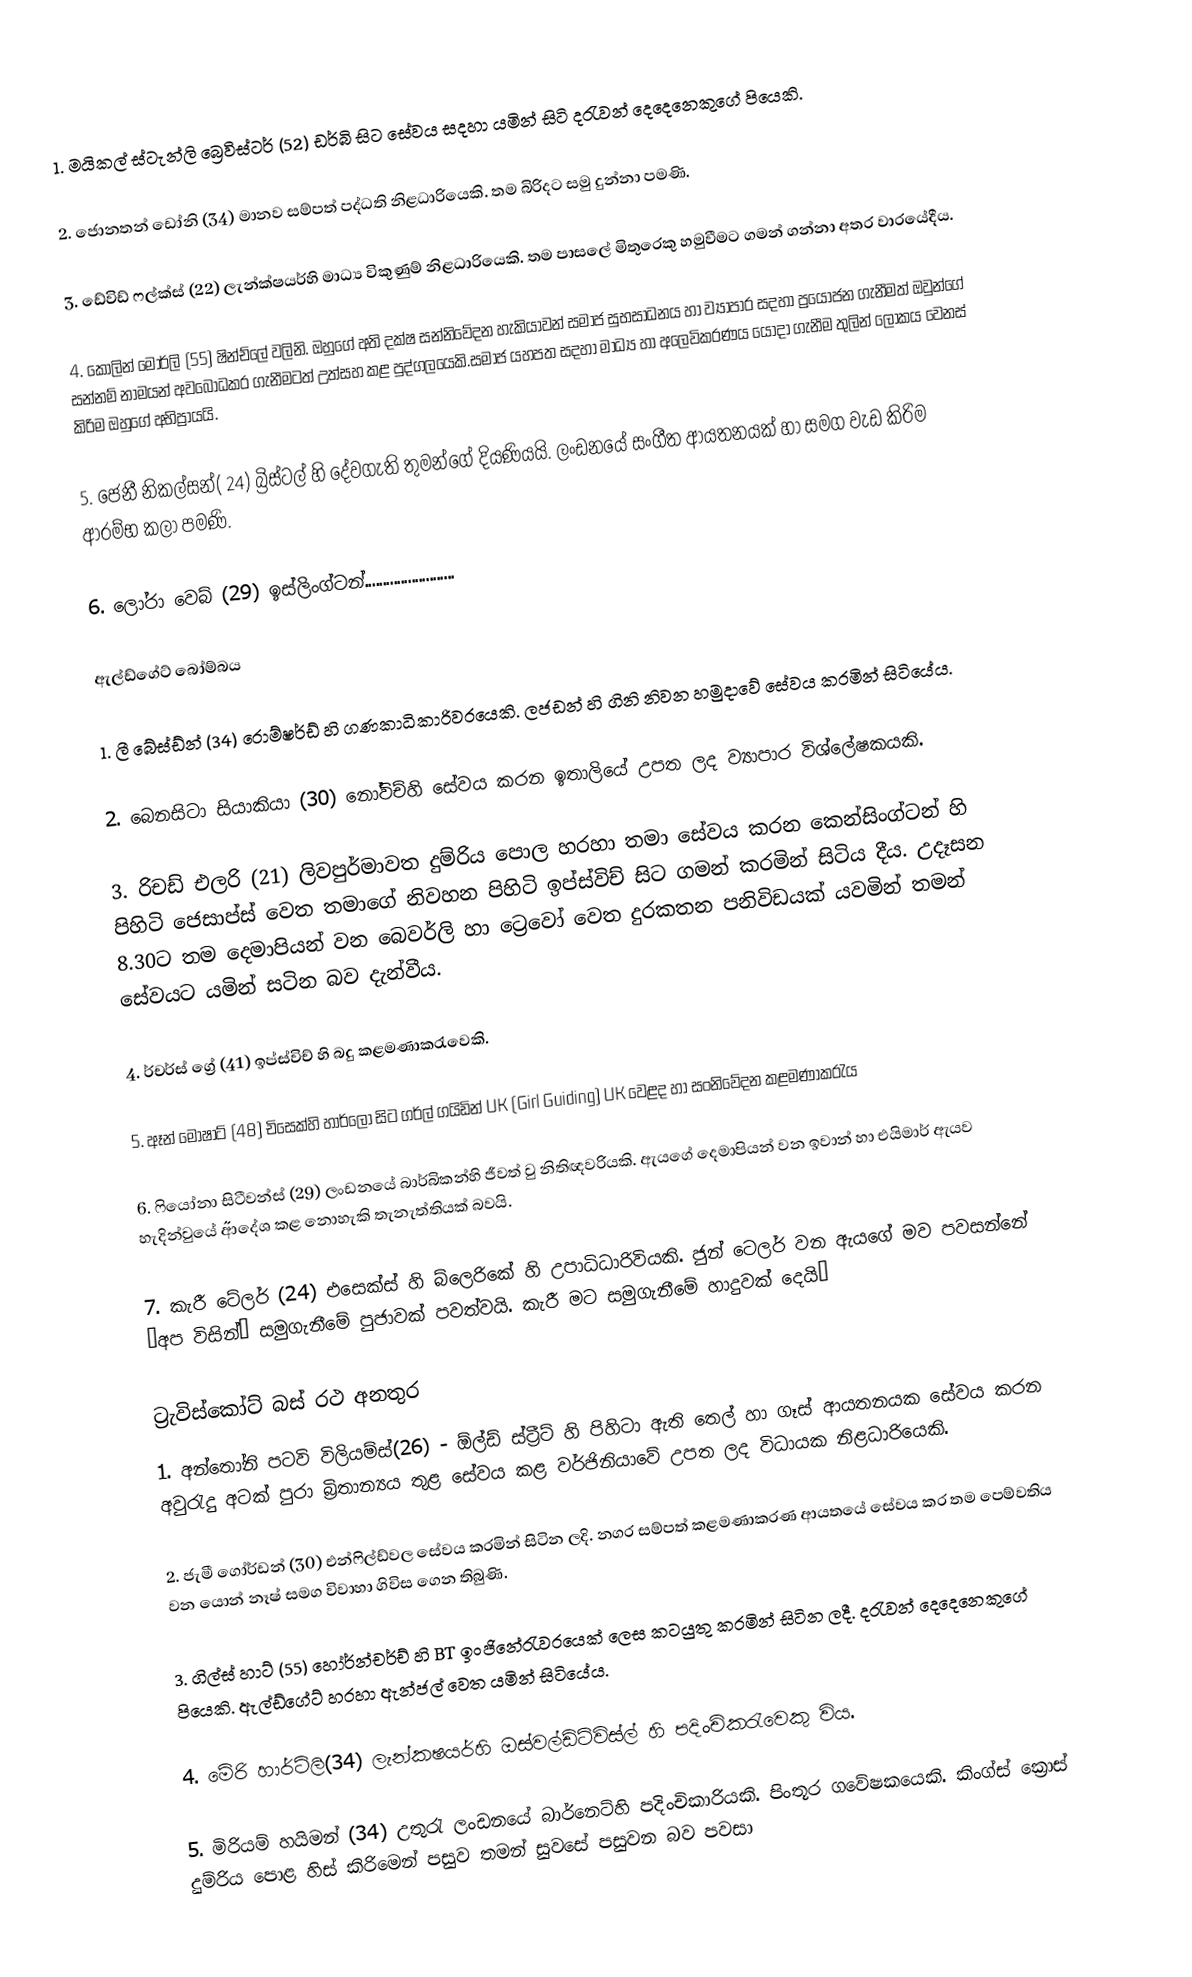
1.	මයිකල් ස්ටැන්ලි ‍බ්‍රෙවිස්ටර් (52) ඩර්බි සිට සේවය සදහා යමින් සිටි දරැවන් දෙදෙනෙකුගේ පියෙකි.

2.	 ජොනතන් ඩෝනි (34) මානව සම්පත් පද්ධති නිළධාරියෙකි. තම බිරිදට සමු දුන්නා පමණි.

3.	ඩේවිඩ් ෆල්ක්ස් (22) ලැන්ක්ෂයර්හි මාධ්‍ය විකුණුම් නිළධාරියෙකි. තම පාසලේ මිතුරෙකු හමුවීමට ගමන් ගන්නා අතර වාරයේදීය.

4.	කොලින් මෝර්ලි (55) ෂින්ච්ලේ වලිනි. ඔහුගේ අති දක්ෂ සන්නිවේදන හැකියාවන් සමාජ සුභසාධනය හා ව්‍යාපාර සදහා  ප්‍රයෝජන ගැනීමත් ඔවුන්ගේ සන්නම් නාමයන් අවබෝධකර  ගැනීමටත් උත්සහ කළ පුද්ගලයෙකි.සමාජ යහපත සදහා  මාධ්‍ය හා අලෙවිකරණය යොදා ගැනීම තුලින් ලෝකය වෙනස් කිරිම ඔහුගේ අභිප්‍රායයි.

5.	ජෙනී නිකල්සන්( 24) බ්‍රිස්ටල් හි දේවගැති තුමන්ගේ දියණියයි. ලංඩනයේ සංගීත ආයතනයක් හා සමග වැඩ කිරිම ආරම්භ කලා පමණි.

6.	 ලෝරා වෙබ් (29) ඉස්ලිංග්ටන්.........................

ඇල්ඩ්ගේට් බෝම්බය

1.	ලී බේස්ඩ්න්  (34) රොම්ෂර්ඩ් හි ගණකාධිකාරිවරයෙකි. ලජඩන් හි ගිනි නිවන හමුදාවේ සේවය කරමින් සිටියේය.

2.	 බෙනසිටා සියාකියා (30) නෝවිච්හි  සේවය කරන ඉතාලියේ උපත ලද ව්‍යාපාර විශ්ලේෂකයකි.

3.	රිචඩ් එලරි (21) ලිවපුර්මාවත දුම්රිය පොල හරහා තමා සේවය කරන කෙන්සිංග්ටන් හි පිහිටි ජෙසාප්ස් වෙත තමාගේ නිවහන පිහිටි ඉප්ස්විච්  සිට ගමන් කරමින් සිටිය දීය. උදෑසන 8.30ට තම දෙමාපියන් වන බෙවර්ලි හා ට්‍රෙවෝ වෙත දුරකතන  පනිවිඩයක් යවමින් තමන් සේවයට යමින් සටින බව දැන්වීය.

4.	ර්චර්ස් ග්‍රේ (41) ඉප්ස්විච් හි බදු කළමණාකරැවෙකි.

5.	ඈන් මොෂාට් (48) චිසෙක්හි හාර්ලෝ සිට ගර්ල් ගයිඩින් UK (Girl Guiding) UK වෙළද හා සංනිවේදන කළමණාකරැය

6.	ෆියෝනා සිටීවන්ස් (29) ලංඩනයේ බාර්බිකන්හි ජීවත් වු නිතිඥවරියකි. ඇයගේ දෙමාපියන් වන ඉවාන් හා එයිමාර් ඇයව හැදින්වුයේ ˝ආදේශ කළ නොහැකි තැනැත්තියක් බවයි.

7.	කැරී ටේලර් (24) එසෙක්ස් හි බ්ලෙරිකේ හි උපාධිධාරිවියකි. ජුන් ටෙලර් වන ඇයගේ මව පවසන්නේ ˝අප විසින්˝ සමුගැනීමේ පුජාවක් පවත්වයි. කැරී මට සමුගැනීමේ හාදුවක් දෙයි˝

ට්‍රැවිස්කෝට් බස් රථ අනතුර
1.	අන්තෝනි පටවි විලියම්ස්(26) - ඕල්ඩ් ස්ට්‍රීට් හි පිහිටා ඇති තෙල් හා ගෑස් ආයතනයක සේවය කරන අවුරැදු අටක් පුරා බ්‍රිතාන්‍යය තුළ සේවය කළ වර්ජිනියාවේ උපත ලද විධායක නිළධාරියෙකි.

2.	ජැමී ගෝර්ඩන් (30) එන්ෆිල්ඩ්වල සේවය කරමින් සිටින ලදි. නගර සම්පත් කළමණාකරණ ආයතයේ සේවය කර තම පෙම්වතිය වන යොන් නෑෂ් සමග විවාහා ගිවිස ගෙන තිබුණි.

3.	ගිල්ස් හාට් (55) හෝර්න්චර්ච් හි BT ඉංජිනේරැවරයෙක් ලෙස කටයුතු කරමින් සිටින ලදී. දරැවන් දෙදෙනෙකුගේ පියෙකි. ඇල්ඩ්ගේට් හරහා ඇන්ජල් වෙත යමින් සිටියේය.

4.	මේරි හාර්ට්ලි(34) ලැන්කෂයර්හි ඔස්වල්ඩ්ට්විස්ල් හි පදිංචිකරැවෙකු විය.

5.	 මිරියම් හයිමන් (34) උතුරැ ලංඩනයේ බාර්නෙට්හි පදිංචිකාරියකි. පිංතූර ගවේෂකයෙකි. කිංග්ස් ක්‍රොස් දුම්රිය පොළ හිස් කිරිමෙන් පසුව තමන් සුවසේ පසුවන බව පවසා